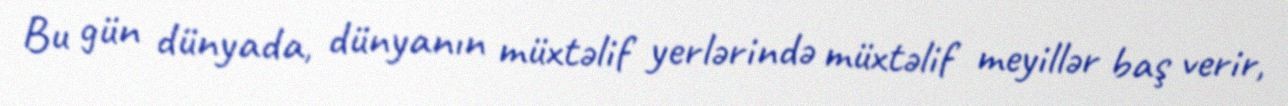
Bu gün dünyada, dünyanın müxtəlif yerlərində müxtəlif meyillər baş verir,